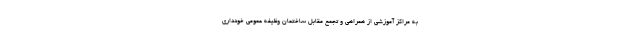
به مراکز آموزشی از همراهی و تجمع مقابل ساختمان وظیفه عمومی خودداری